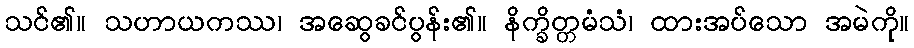
သင်၏။ သဟာယကဿ၊ အဆွေခင်ပွန်း၏။ နိက္ခိတ္တမံသံ၊ ထားအပ်သော အမဲကို။